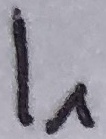
Text: I1